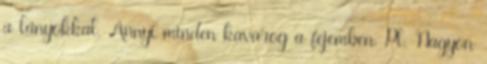
a lányokkal. Annyi minden kavarog a fejemben. Pl. Nagyon